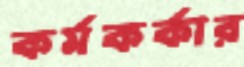
কর্মকর্কার